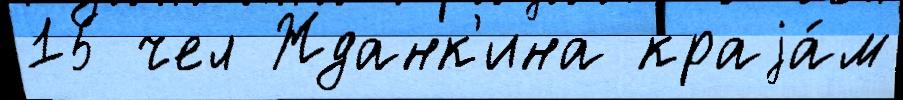
15 чел Жданк'ина краjа́м